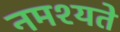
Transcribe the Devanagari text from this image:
नमश्यते